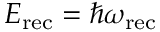
E _ { \mathrm { r e c } } = \hbar \omega _ { \mathrm { r e c } }